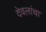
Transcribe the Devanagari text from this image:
देवलांचा